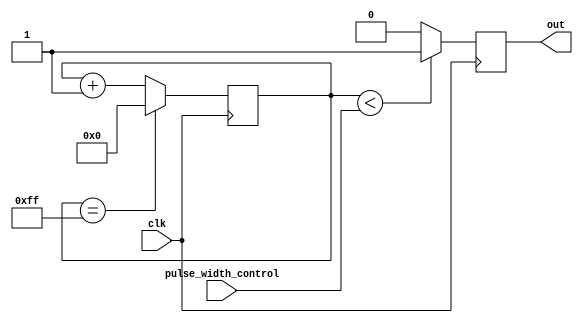
module DutyCyclePulseGenerator (
  input clk,
  input [7:0] pulse_width_control,
  output reg out
);

reg [7:0] counter;

always @(posedge clk) begin
  if (counter < pulse_width_control) begin
    out <= 1;
  end else begin
    out <= 0;
  end
  
  if (counter == 255) begin
    counter <= 0;
  end else begin
    counter <= counter + 1;
  end
end

endmodule